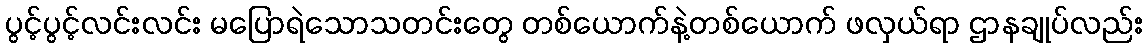
ပွင့်ပွင့်လင်းလင်း မပြောရဲသောသတင်းတွေ တစ်ယောက်နဲ့တစ်ယောက် ဖလှယ်ရာ ဌာနချုပ်လည်း